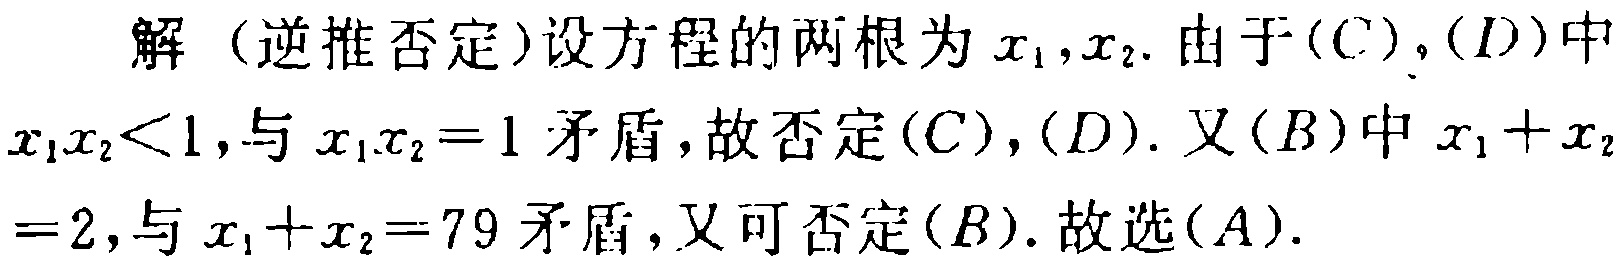
解（逆推否定）设方程的两根为\(x_1,x_2\). 由于\((C)\)，\((D)\)中\(x_1x_2<1\)，与\(x_1x_2 = 1\)矛盾，故否定\((C)\)，\((D)\). 又\((B)\)中\(x_1 + x_2=2\)，与\(x_1 + x_2 = 79\)矛盾，又可否定\((B)\). 故选\((A)\).